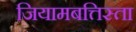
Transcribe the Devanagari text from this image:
जियामबत्तिस्ता